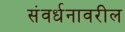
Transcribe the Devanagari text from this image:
संवर्धनावरील